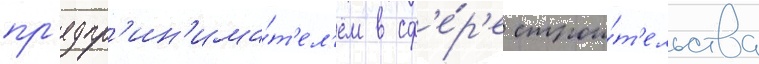
пр'едпр'ин'има́т'ел'ем в сф'е́р'е строи́т'ельства